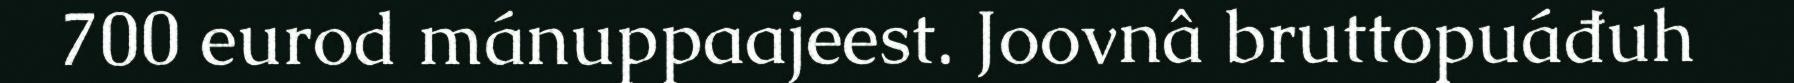
700 eurod mánuppaajeest. Joovnâ bruttopuáđuh